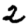
Digit: 2